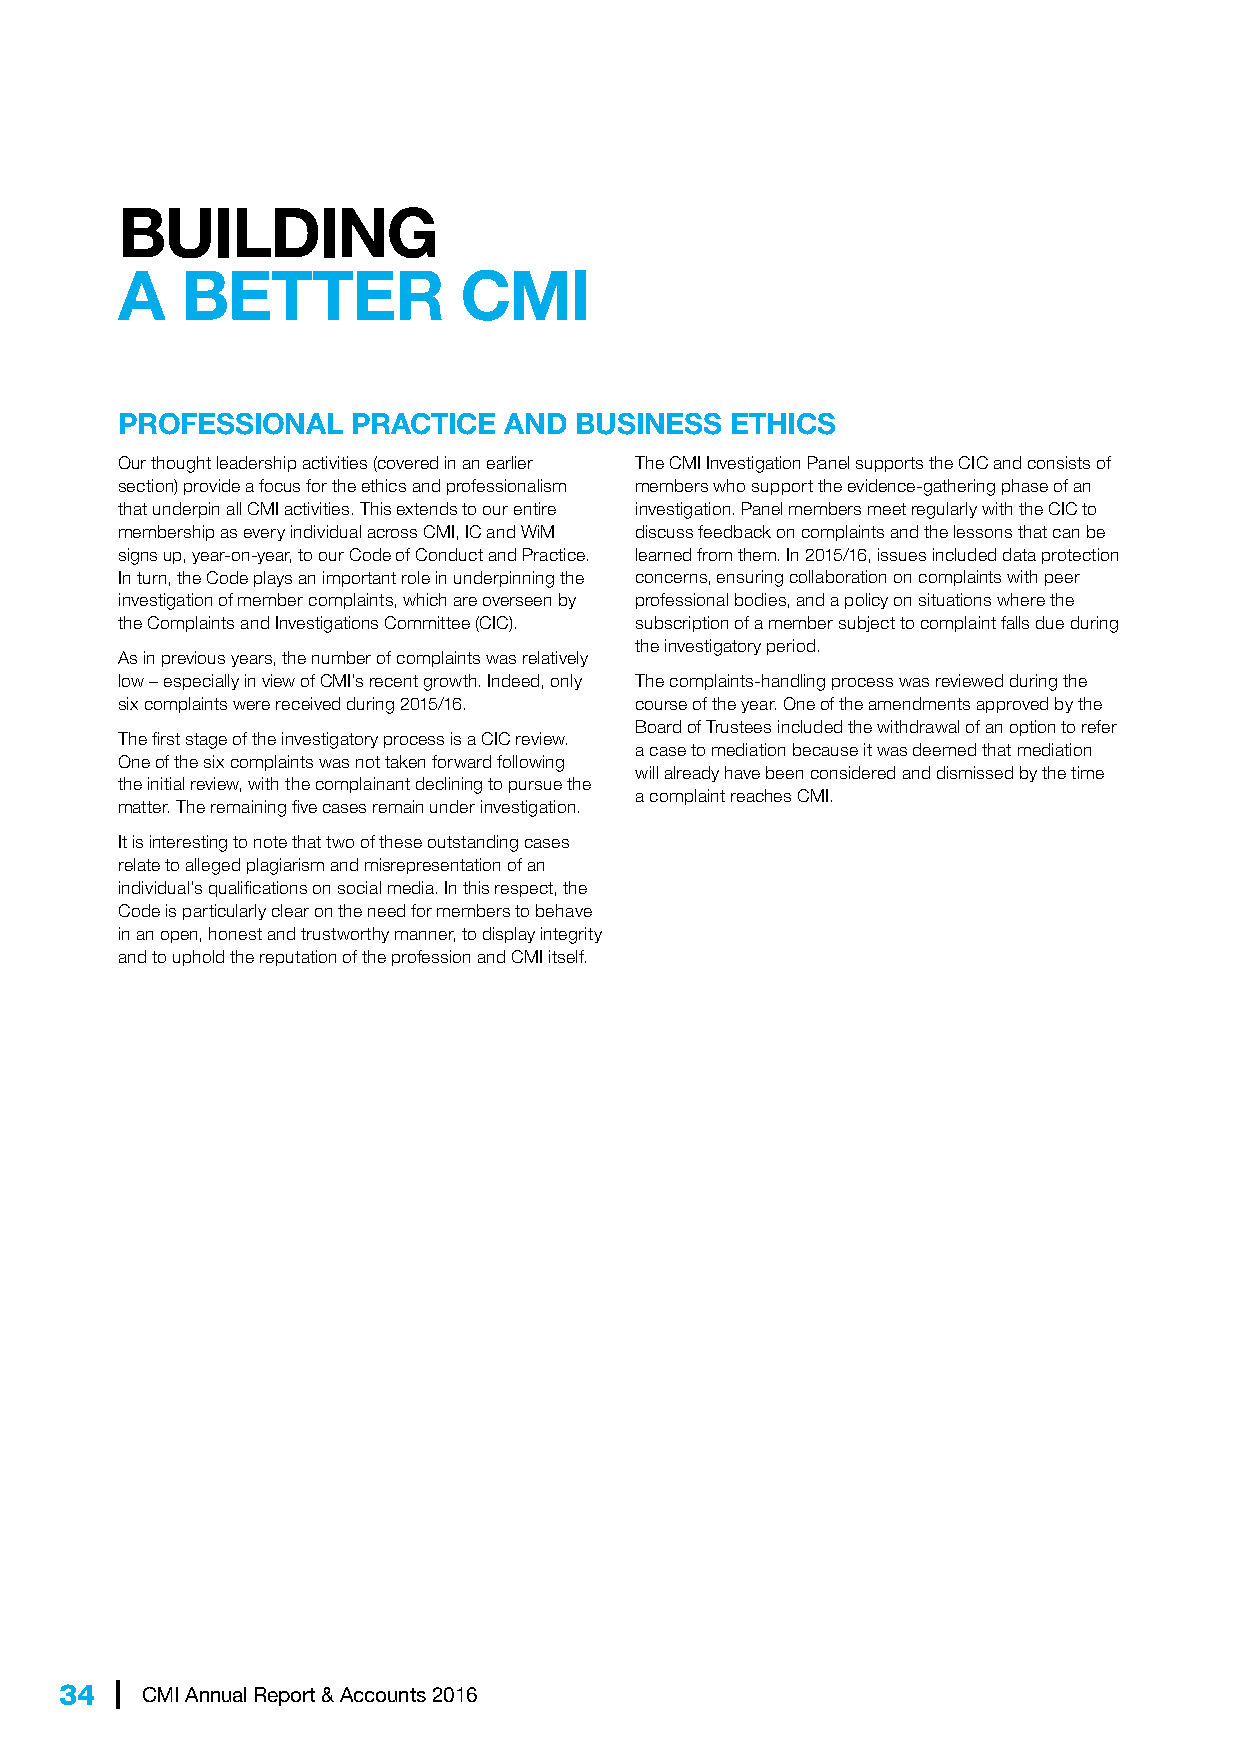
BUILDING
 A   BETTER            CMI
 PROFESSIONAL   PRACTICE  AND  BUSINESS  ETHICS
 Our thought leadership activities (covered in an earlier The CMI Investigation Panel supports the CIC and consists of
 section) provide a focus for the ethics and professionalism members who support the evidence-gathering phase of an
 that underpin all CMI activities. This extends to our entire investigation. Panel members meet regularly with the CIC to
 membership as every individual across CMI, IC and WiM discuss feedback on complaints and the lessons that can be
 signs up, year-on-year, to our Code of Conduct and Practice. learned from them. In 2015/16, issues included data protection
 In turn, the Code plays an important role in underpinning the concerns, ensuring collaboration on complaints with peer
 investigation of member complaints, which are overseen by professional bodies, and a policy on situations where the
 the Complaints and Investigations Committee (CIC). subscription of a member subject to complaint falls due during
 the investigatory period.
 As in previous years, the number of complaints was relatively
 low – especially in view of CMI’s recent growth. Indeed, only The complaints-handling process was reviewed during the
 six complaints were received during 2015/16. course of the year. One of the amendments approved by the
 Board of Trustees included the withdrawal of an option to refer
 The first stage of the investigatory process is a CIC review.
 a case to mediation because it was deemed that mediation
 One of the six complaints was not taken forward following
 will already have been considered and dismissed by the time
 the initial review, with the complainant declining to pursue the
 a complaint reaches CMI.
 matter. The remaining five cases remain under investigation.
 It is interesting to note that two of these outstanding cases
 relate to alleged plagiarism and misrepresentation of an
 individual’s qualifications on social media. In this respect, the
 Code is particularly clear on the need for members to behave
 in an open, honest and trustworthy manner, to display integrity
 and to uphold the reputation of the profession and CMI itself.
 34  | CMI Annual Report & Accounts 2016